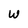
Character: w